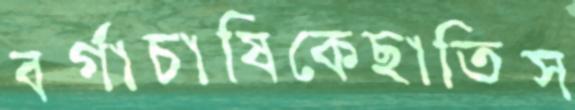
বর্গাচাষিকেছাতিস